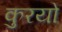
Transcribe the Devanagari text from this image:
कुरयो